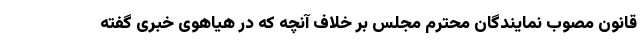
قانون مصوب نمایندگان محترم مجلس بر خلاف آنچه که در هیاهوی خبری گفته